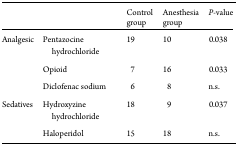
<table><thead><tr><td></td><td></td><td><b>Control group</b></td><td><b>Anesthesia group</b></td><td><b><i>P</i>-value</b></td></tr></thead><tbody><tr><td>Analgesic</td><td>Pentazocine hydrochloride</td><td>19</td><td>10</td><td>0.038</td></tr><tr><td></td><td>Opioid</td><td>7</td><td>16</td><td>0.033</td></tr><tr><td></td><td>Diclofenac sodium</td><td>6</td><td>8</td><td>n.s.</td></tr><tr><td>Sedatives</td><td>Hydroxyzine hydrochloride</td><td>18</td><td>9</td><td>0.037</td></tr><tr><td></td><td>Haloperidol</td><td>15</td><td>18</td><td>n.s.</td></tr></tbody></table>